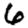
Digit: 6